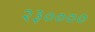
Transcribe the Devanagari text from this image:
२३००००